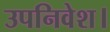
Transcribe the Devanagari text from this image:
उपनिवेश।